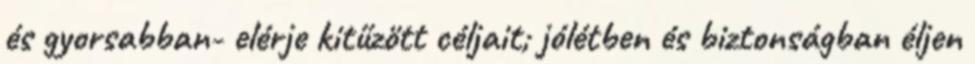
és gyorsabban- elérje kitűzött céljait; jólétben és biztonságban éljen